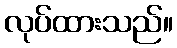
လုပ်ထားသည်။